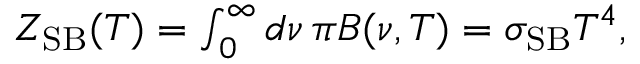
\begin{array} { r } { Z _ { \mathrm { S B } } ( T ) = \int _ { 0 } ^ { \infty } d \nu \, \pi B ( \nu , T ) = \sigma _ { \mathrm { S B } } T ^ { 4 } , } \end{array}